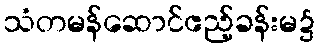
သံတမန်ဆောင်ဧည့်ခန်းမ၌